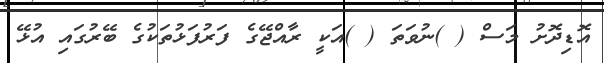
އޮޑިދޮށު މަސް ( )ނުވަތަ ( )އަކީ ރާއްޖޭގެ ފަރުފަޅުތަކުގެ ބޭރުގައި އުޅޭ